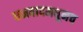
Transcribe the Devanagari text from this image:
धनबादमधूनच